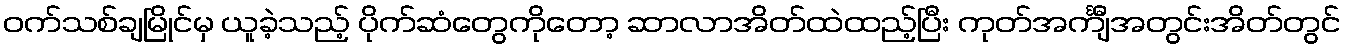
ဝက်သစ်ချမြိုင်မှ ယူခဲ့သည့် ပိုက်ဆံတွေကိုတော့ ဆာလာအိတ်ထဲထည့်ပြီး ကုတ်အင်္ကျီအတွင်းအိတ်တွင်